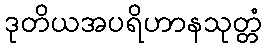
ဒုတိယအပရိဟာနသုတ္တံ